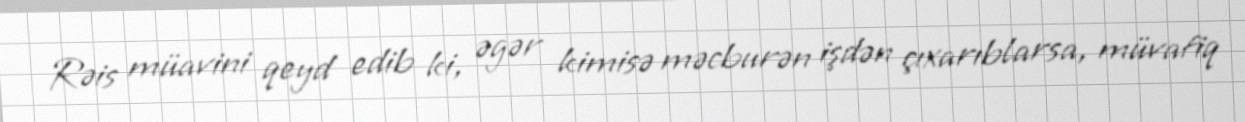
Rəis müavini qeyd edib ki, əgər kimisə məcburən işdən çıxarıblarsa, müvafiq